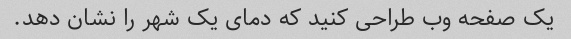
یک صفحه وب طراحی کنید که دمای یک شهر را نشان دهد.